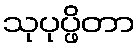
သုပုပ္ဖိတာ